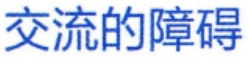
交流的障碍